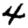
Digit: 4